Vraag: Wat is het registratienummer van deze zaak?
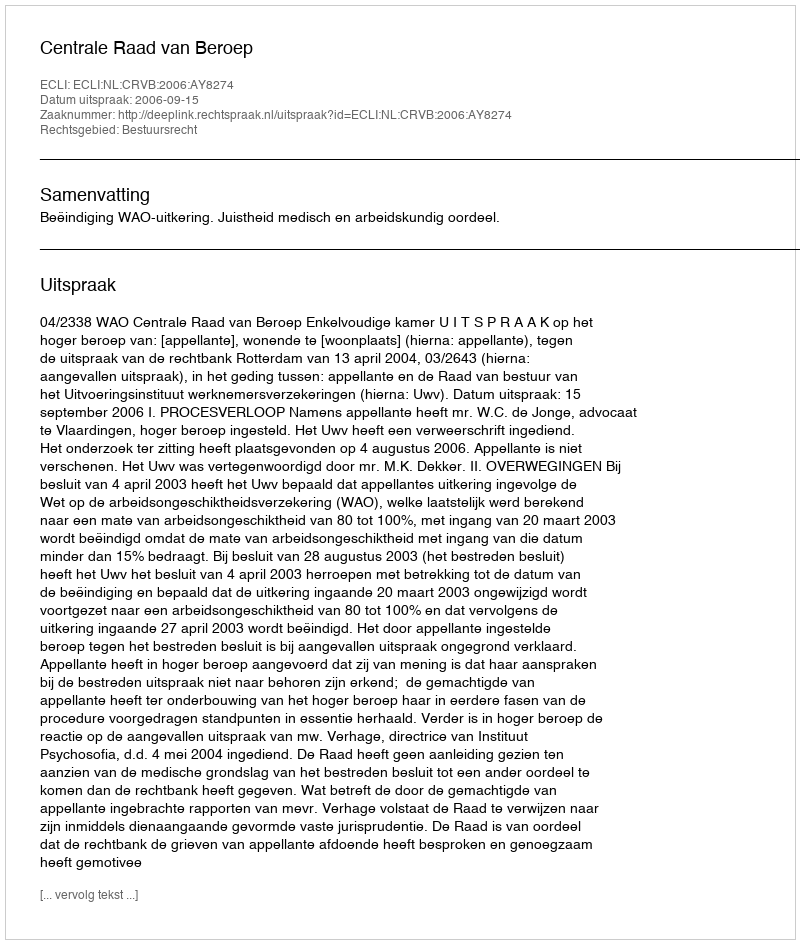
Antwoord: http://deeplink.rechtspraak.nl/uitspraak?id=ECLI:NL:CRVB:2006:AY8274